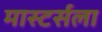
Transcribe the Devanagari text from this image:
मास्टर्सला